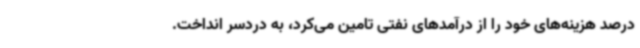
درصد هزینه‌های خود را از درآمدهای نفتی تامین می‌کرد، به دردسر انداخت.